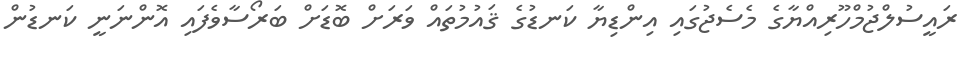
ރައީސުލްޖުމްހޫރިއްޔާގެ މެސެޖުގައި އިންޑިޔާ ކަނޑުގެ ޤައުމުތައް ވަރަށް ބޮޑަށް ބަރޯސާވެފައި އޮންނަނީ ކަނޑުން